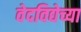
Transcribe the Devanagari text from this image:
वेदविद्येच्या